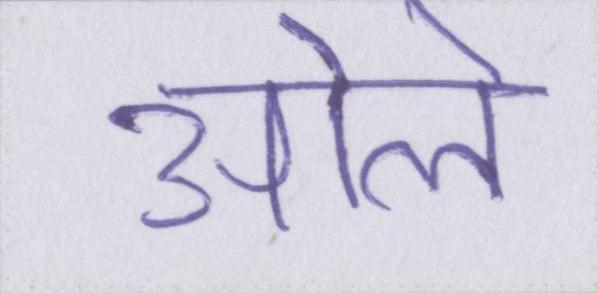
ओले